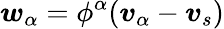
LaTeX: \boldsymbol{w}_{\alpha}=\phi^{\alpha}(\boldsymbol{v}_{\alpha}-\boldsymbol{v}_{s})